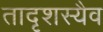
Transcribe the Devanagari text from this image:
तादृशस्यैव